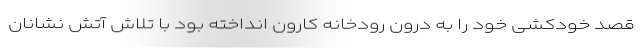
قصد خودکشی خود را به درون رودخانه کارون انداخته بود با تلاش آتش نشانان